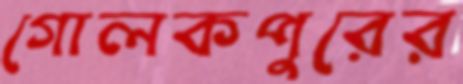
গোলকপুরের